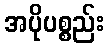
အပိုပစ္စည်း